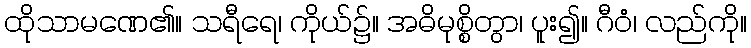
ထိုသာမဏေ၏။ သရီရေ၊ ကိုယ်၌။ အဓိမုစ္စိတွာ၊ ပူး၍။ ဂီဝံ၊ လည်ကို။